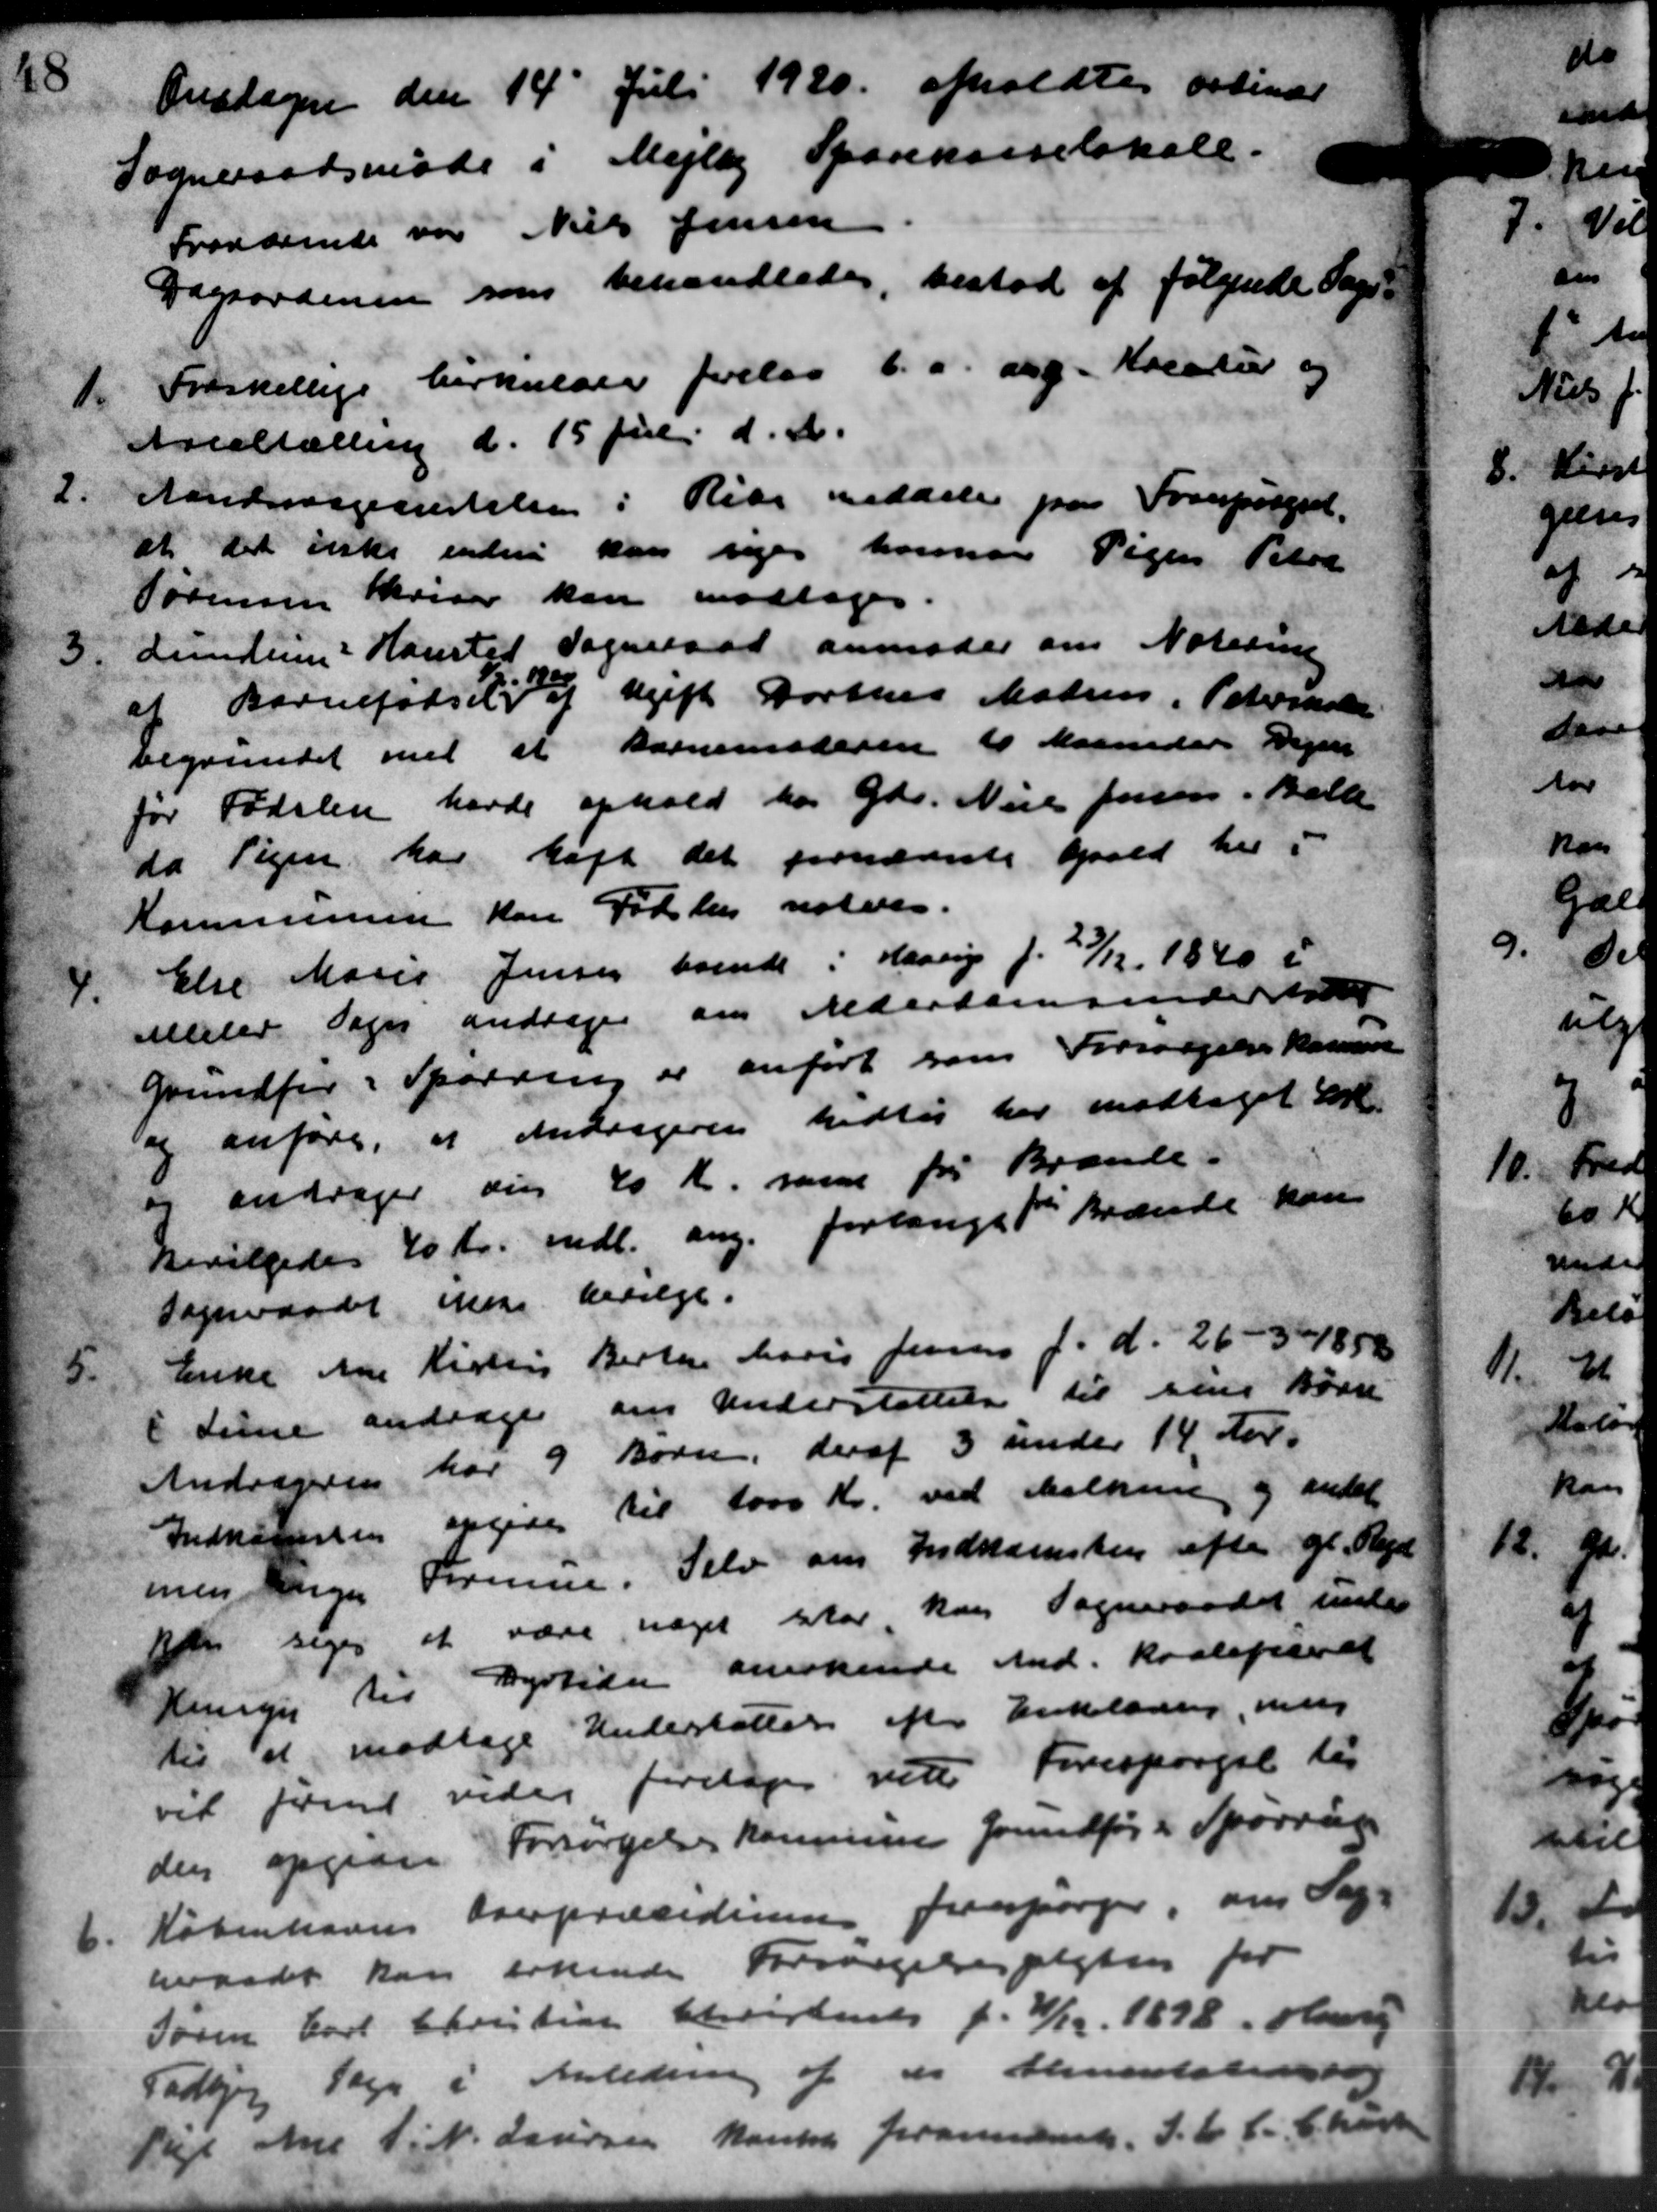
Transskription:
Onsdagen den 14 Juli 1920 afholdt sa e
Sogneraadsmøde i Mejlby Sparekasselokale.
Fraværende var Niels Jensen
Dagsordenen som behandledes, bestod af følgende Sage-
1.
Forskellige Cirkulære forelaa 6. a. ang. Kreatur og
Arealtælling d. 15 Juli d. A.
2.
Aantningesttelse i Rise meddeler paa Forespørgsel.
at det siske endnu kan siges herman Pigen Petra
Sørensen Skriver kan modtoges
3.
Lundum Hansted Sogneraad anmoder om Notering
at Barnefødsel
1
af Ugift Dorthes Matrins, Peterskolen
begrundet med at kommenderen til Maaneder Vejen
før Fødslen havde ophold hos Gdr. Niels Jensen, Balle
da Pigen har højt det fornævnte Gaard her i
Kommunen kan Fødsles noteres.
4.
Else Marie Jensen boende i Haarup f. 29/12 1840 i
elleler Sogn andrager om Alderdomsunder hol
Grundfør i Spørring er anført som Forsørgelseskoms
og anføre, at Andrageren hidtil har modtaget for
andrager sin 40 Kr. som for Brænde-
og
Bevilgedes 40 Kr. mdl. ang. forlangt 1ste Brænde kan
Sogneraadet ikke bevilge.
5.
Enke Ane Kirkens Berte Marie Jensen f. d. 26 - 3/8 88
 Sine andrager om Understøttelse til sine Børn
Andrageren har 9 Børn, deraf 3 under 14 Aar.
Indkomsten opgives til 1000 Kr. ved Skaltning og andet
meninger Forenin. Selv om Indkomsten efter gl. Plejel
fr siges at være noget ster kan Sogneraadet under
Hensyn til Dyrtiden anerkende Mnd. Kvaleperat
til at modtage Understøttelse efter Enkelædning, men
vil ført vider foretoges ved Forespørgsel til
den opgiver Forsørgelse Kommune forundfører Spørring
6.
Københavns Overpræsidiner forespørger, om Sage
neaadet kan erkende Forsørgelsespligter for
Søren Carl Christian Christensen f. 4/12 1898. Harry
Fodbjerg Sage i Anledning af de Alimentatidentlig
1 Ane Lit. Laursen Kontre foransen, J. C. C. Charte